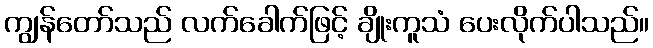
ကျွန်တော်သည် လက်ခေါက်ဖြင့် ချိုးကူသံ ပေးလိုက်ပါသည်။